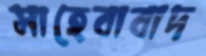
সাহেবাবাদ